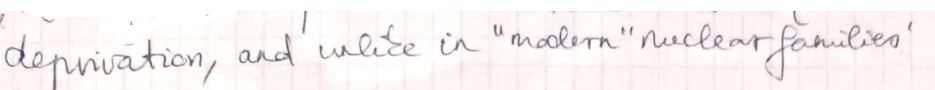
depuration, and'unlike in " modern " nuclear families "